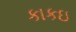
કાકઇ